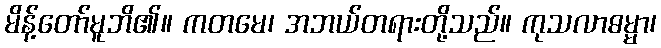
မိန့်တော်မူဘိ၏။ ကတမေ၊ အဘယ်တရားတို့သည်။ ကုသလာဓမ္မာ၊